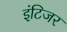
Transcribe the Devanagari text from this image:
इंटिजर